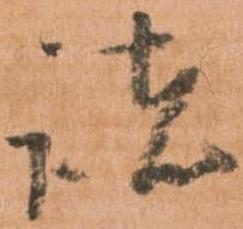
諸